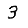
Digit: 3